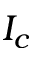
I _ { c }